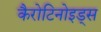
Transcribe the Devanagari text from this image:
कैरोटिनोइड्स